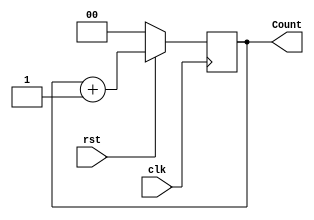
`timescale 1ns / 1ps
//////////////////////////////////////////////////////////////////////////////////
// Company: 
// Engineer: 
// 
// Design Name: 
// Module Name:    Contador_2_bits 
// Project Name: 
// Target Devices: 
// Tool versions: 
// Description: 
//
// Dependencies: 
//
// Revision: 
// Revision 0.01 - File Created
// Additional Comments: 
//
//////////////////////////////////////////////////////////////////////////////////
module Contador_2_bits(
 input wire clk,
 input wire rst,
 output reg [1:0]Count=0
);

always @(posedge clk)
      if (!rst)
         Count <= 0;
      else
         Count <= (Count + 1'd1);
endmodule